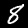
Label: 8